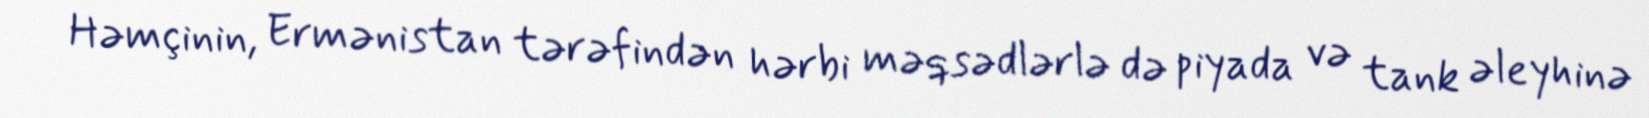
Həmçinin, Ermənistan tərəfindən hərbi məqsədlərlə də piyada və tank əleyhinə